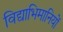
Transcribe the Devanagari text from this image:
विद्याभिमानियों